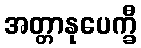
အတ္တာနုပေက္ခီ